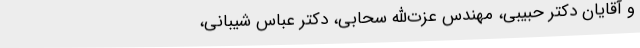
و آقایان‌ دکتر حبیبی‌، مهندس‌ عزت‌الله سحابی‌، دکتر عباس‌ شیبانی‌،